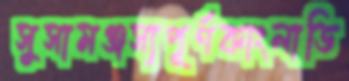
সুসামঞ্জস্যপূর্ণকাংলাডি